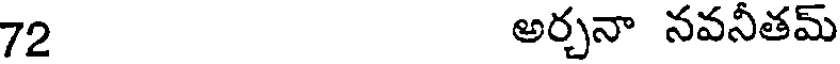
72 అర్చనా నవనీతమ్